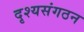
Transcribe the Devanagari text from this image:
दृश्यसंगठन